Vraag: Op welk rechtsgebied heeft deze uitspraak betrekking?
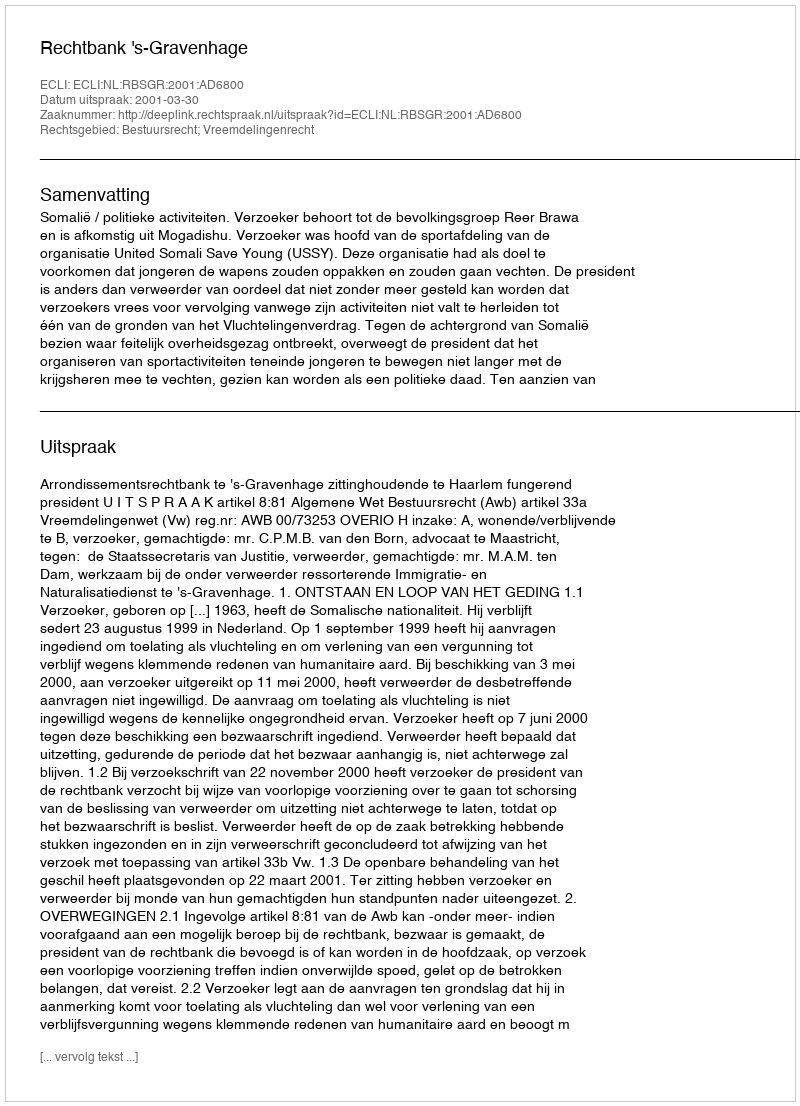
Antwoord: Bestuursrecht; Vreemdelingenrecht